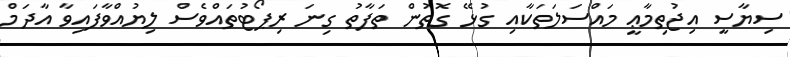
ސިޔާސީ އިޖުތިމާޢީ މައްސަލަތަކާއި ގުޅޭ ގޮތުން ތަފާތު ގިނަ ރިޕޯޓުތައްވެސް ލިޔުއްވާފައިވާ އާދަމް